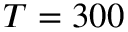
T = 3 0 0